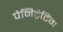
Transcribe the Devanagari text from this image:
पेनिट्रेटिंग